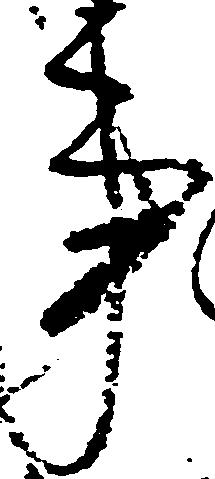
事